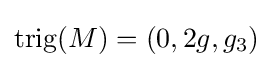
{\rm {trig}}(M)=(0,2g,g_{3})